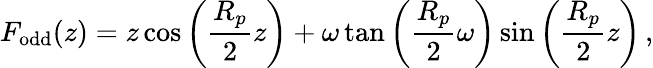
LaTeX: F_{\mathrm{odd}}(z)=z\cos\left(\frac{R_{p}}{2}z\right)+\omega\tan\left(\frac{R_{p}}{2}\omega\right)\sin\left(\frac{R_{p}}{2}z\right)\, ,